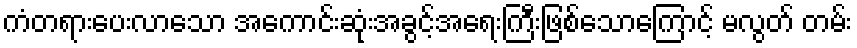
ကံတရားပေးလာသော အကောင်းဆုံးအခွင့်အရေးကြီးဖြစ်သောကြောင့် မလွတ် တမ်း